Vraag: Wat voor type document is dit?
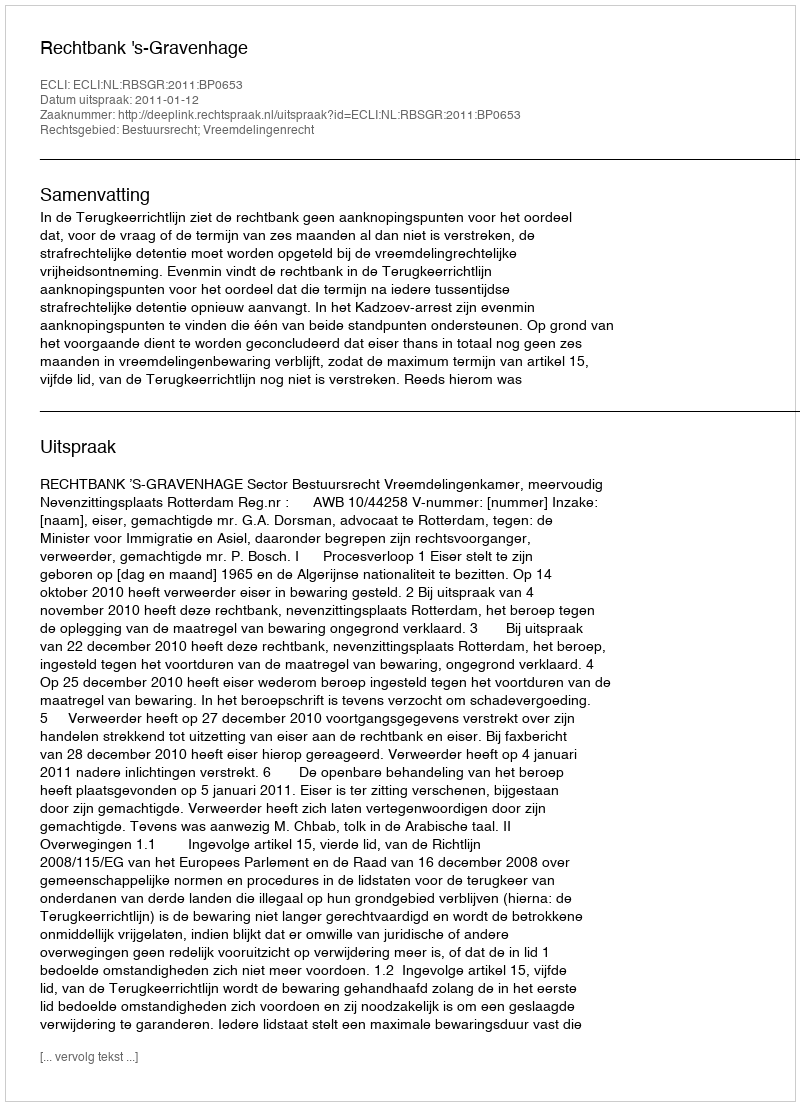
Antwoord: Uitspraak